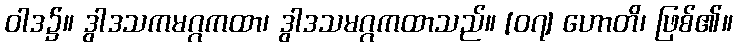
ဝါဒ၌။ ဒွါဒသကမဂ္ဂကထာ၊ ဒွါဒသမဂ္ဂကထာသည်။ [၀၇] ဟောတိ၊ ဖြစ်၏။